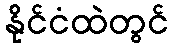
နိုင်ငံထဲတွင်